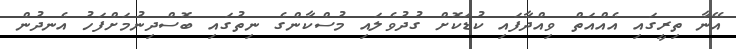
އޭނާ ތިރީގައި އެއްއަތް ވިއްދާފައި ކުޑަކޮށް ގުދުވެލައި މުސްކާންގެ ނިތުގައި ބޮސްދިނުމަށްފަހު އެނދުން